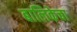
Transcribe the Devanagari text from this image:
बालिकेचा